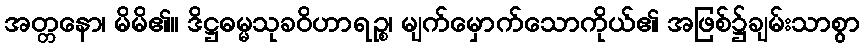
အတ္တနော၊ မိမိ၏။ ဒိဋ္ဌဓမ္မသုခဝိဟာရဉ္စ၊ မျက်မှောက်သောကိုယ်၏ အဖြစ်၌ချမ်းသာစွာ